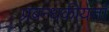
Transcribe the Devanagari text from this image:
प्रबन्धकीयता